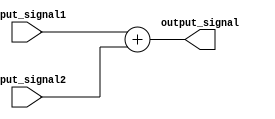
module GenerateFunction(
    input [7:0] input_signal1,
    input [7:0] input_signal2,
    output reg [7:0] output_signal
);

always @(*) begin
    // Define the mathematical function or algorithm here
    output_signal = input_signal1 + input_signal2;
end

endmodule